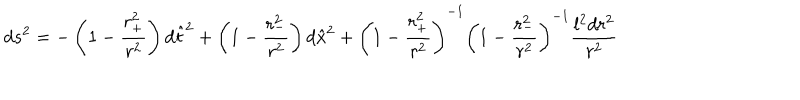
d s ^ { 2 } = - \left( 1 - \frac { r _ { + } ^ { 2 } } { r ^ { 2 } } \right) d { \hat { t } } ^ { 2 } + \left( 1 - \frac { r _ { - } ^ { 2 } } { r ^ { 2 } } \right) d { \hat { x } } ^ { 2 } + { \left( 1 - \frac { r _ { + } ^ { 2 } } { r ^ { 2 } } \right) } ^ { - 1 } { \left( 1 - \frac { r _ { - } ^ { 2 } } { r ^ { 2 } } \right) } ^ { - 1 } \frac { l ^ { 2 } d r ^ { 2 } } { r ^ { 2 } }